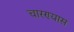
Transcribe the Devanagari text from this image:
चारण्यास